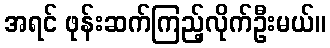
အရင် ဖုန်းဆက်ကြည့်လိုက်ဦးမယ်။